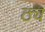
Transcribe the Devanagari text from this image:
ठ्य